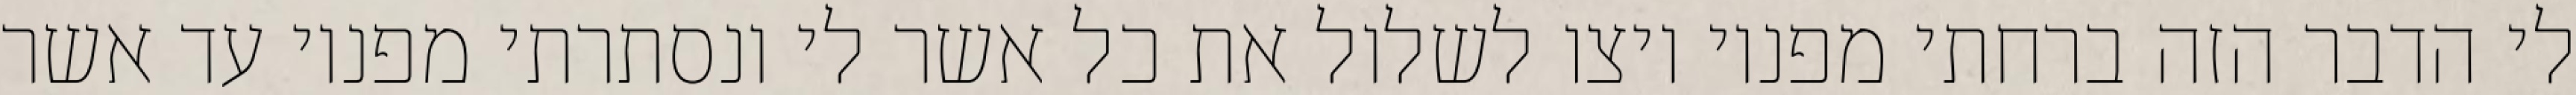
לי הדבר הזה ברחתי מפניו ויצו לשלול את כל אשר לי ונסתרתי מפניו עד אשר